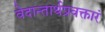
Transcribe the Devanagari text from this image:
वेदान्तार्थप्रवक्तारं